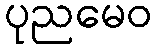
ပုညမေဝ